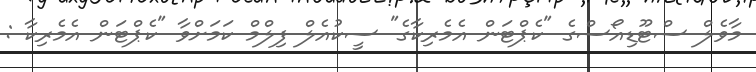
މާވެލް ސްޓޫޑިއޯސްގެ "ކެޕްޓަން އެމެރިކާގެ" ސީކުއެލް ފިލްމް ކަމަށްވާ "ކެޕްޓަން އެމެރިކާ :